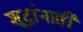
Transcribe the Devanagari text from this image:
शूद्रांनाही